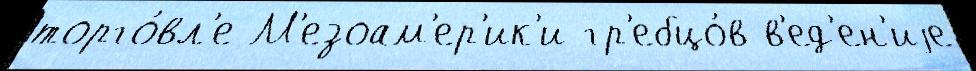
торго́вл'е М'езоам'ер'ик'и гр'ебцо́в в'ед'ен'иjе